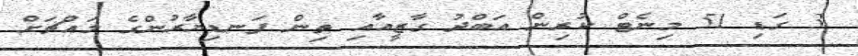
3 ގަޑި 51 މިނެޓް ކުރިން އަބްދު ގާޒީއާއި ތިން ފަނޑިޔާރުންގެ މައްޗަށް